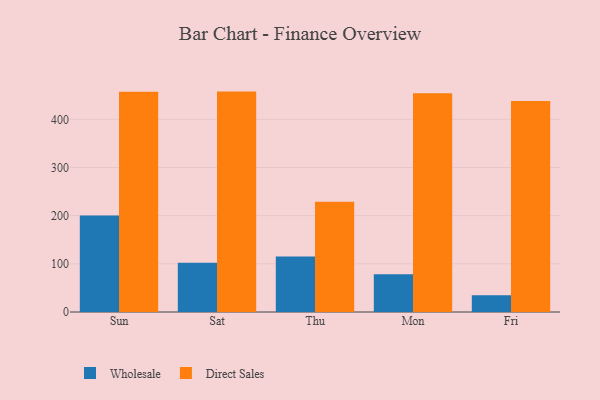
{"axis": {"x": "Day", "y": "Active Users"}, "legend": ["Direct Sales", "Wholesale"], "data": [{"x": "Sun", "y": 200.6, "type": "Wholesale"}, {"x": "Sun", "y": 457.1, "type": "Direct Sales"}, {"x": "Sat", "y": 102.3, "type": "Wholesale"}, {"x": "Sat", "y": 457.6, "type": "Direct Sales"}, {"x": "Thu", "y": 115.2, "type": "Wholesale"}, {"x": "Thu", "y": 229.1, "type": "Direct Sales"}, {"x": "Mon", "y": 78.4, "type": "Wholesale"}, {"x": "Mon", "y": 454.4, "type": "Direct Sales"}, {"x": "Fri", "y": 34.6, "type": "Wholesale"}, {"x": "Fri", "y": 438.1, "type": "Direct Sales"}]}